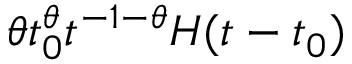
\theta t _ { 0 } ^ { \theta } t ^ { - 1 - \theta } H ( t - t _ { 0 } )